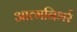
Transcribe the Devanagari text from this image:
आत्मनिभर्र